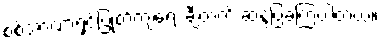
စစ်အာဏာရှင်ပြုတ်ကျရေး ချီတက် ဆန္ဒပြခဲ့ကြပါတယ်။